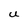
Character: U